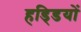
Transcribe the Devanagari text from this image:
हडि्‍डयों